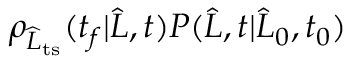
\rho _ { \widehat { L } _ { \mathrm { t s } } } ( t _ { f } | \widehat { L } , t ) P ( \widehat { L } , t | \widehat { L } _ { 0 } , t _ { 0 } )